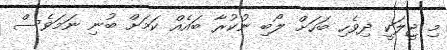
މި ޖީލަކީ ދިވެހި ބަހަށް ލޯބި ނުކުރާ ބައެއް ކަމަށް ބުނި ނަމަވެސް